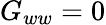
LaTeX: G_{ww}=0